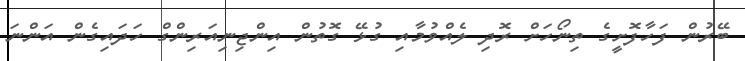
ބޭރުން ފަހާފޮށީގެ ތިނޯހަށް ރޮދި ލެއްވުމާއި ގުޅޭ ގޮތުން އިންޖިނިއަރިންގް ހަދައިގެން އަންނަ